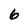
Character: 6